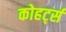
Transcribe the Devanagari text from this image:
कोहर्ट्स